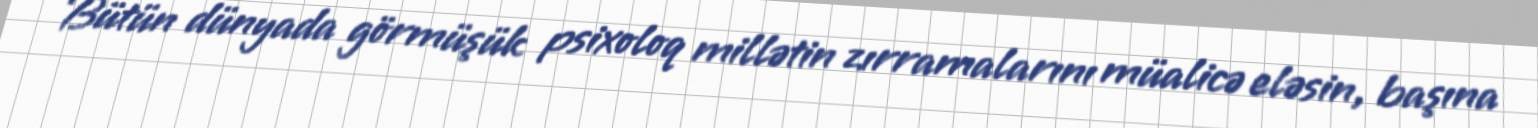
Bütün dünyada görmüşük psixoloq millətin zırramalarını müalicə eləsin, başına